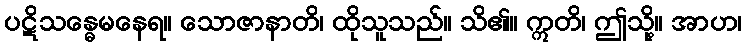
ပဋိသန္ဓေမနေရ။ သောဇာနာတိ၊ ထိုသူသည်။ သိ၏။ ဣတိ၊ ဤသို့။ အာဟ၊